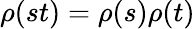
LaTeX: \rho(st)=\rho(s)\rho(t)